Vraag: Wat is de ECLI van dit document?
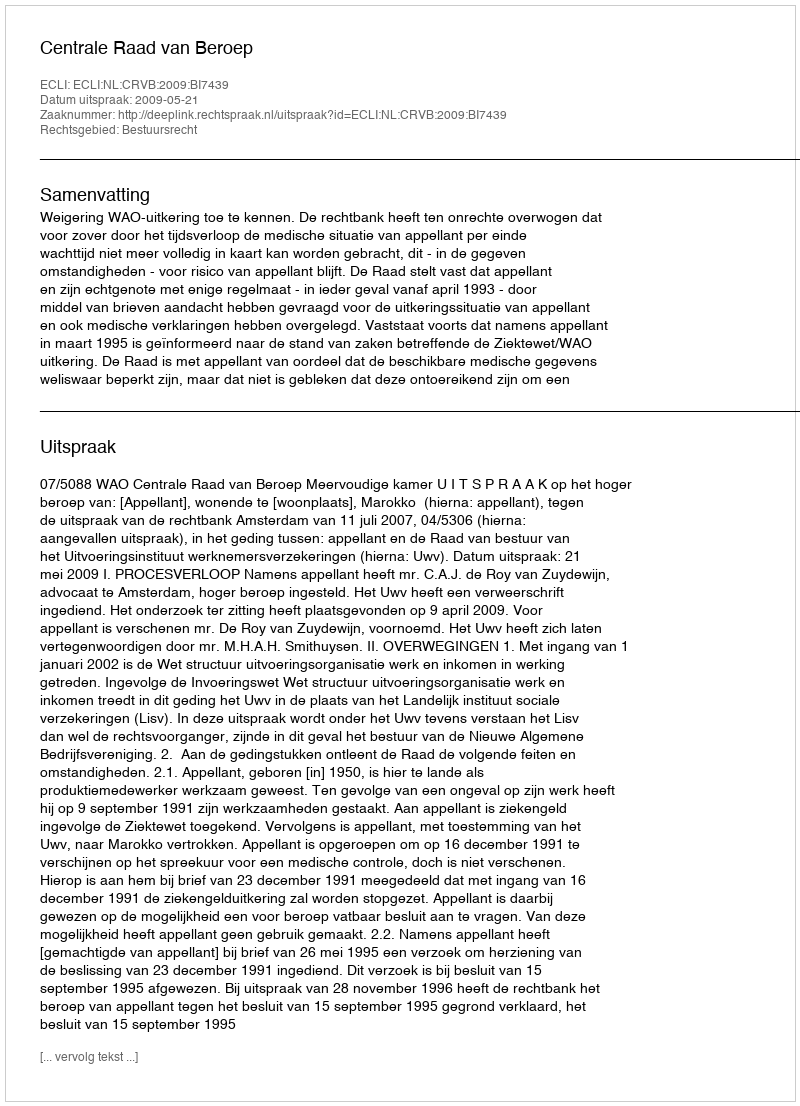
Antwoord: ECLI:NL:CRVB:2009:BI7439